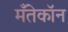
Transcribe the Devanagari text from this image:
मँतेकॉन